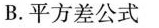
B.平方差公式